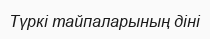
Түркі тайпаларының діні